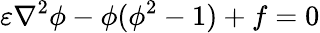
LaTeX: \varepsilon\nabla^{2}\phi-\phi(\phi^{2}-1)+f=0